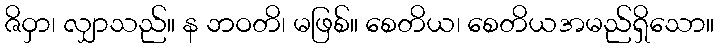
ဇိဝှာ၊ လျှာသည်။ န ဘဝတိ၊ မဖြစ်။ စေတိယ၊ စေတိယအမည်ရှိသော။